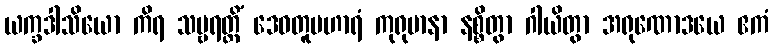
ယက္ခဒါသိယော ကိရ သဗ္ဗရတ္တိံ ဒေဝတူပဟာရံ ကုရုမာနာ နစ္စိတွာ ဂါယိတွာ အရုဏောဒယေ ဧကံ